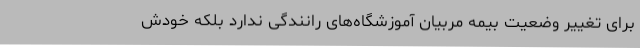
برای تغییر وضعیت بیمه مربیان آموزشگاه‌های رانندگی ندارد بلکه خودش